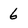
Character: 6